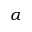
\alpha